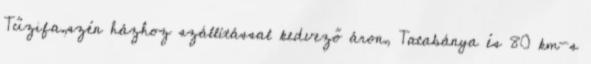
Tűzifa,szén házhoz szállítással kedvező áron, Tatabánya és 80 km-s